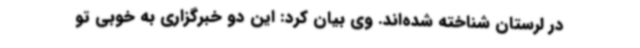
در لرستان شناخته شده‌اند. وی بیان کرد: این دو خبرگزاری به خوبی تو